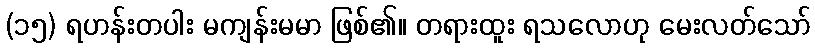
(၁၅) ရဟန်းတပါး မကျန်းမမာ ဖြစ်၏။ တရားထူး ရသလောဟု မေးလတ်သော်